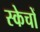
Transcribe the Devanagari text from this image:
स्केचों